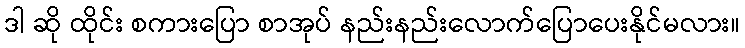
ဒါ ဆို ထိုင်း စကားပြော စာအုပ် နည်းနည်းလောက်ပြောပေးနိုင်မလား။